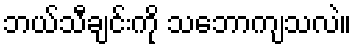
ဘယ်သီချင်းကို သဘောကျသလဲ။